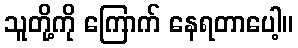
သူတို့ကို ကြောက် နေရတာပေါ့။